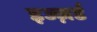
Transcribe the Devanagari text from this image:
इज्ज़र्ड